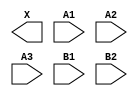
module sky130_fd_sc_hs__o32a (
    X ,
    A1,
    A2,
    A3,
    B1,
    B2
);

    output X ;
    input  A1;
    input  A2;
    input  A3;
    input  B1;
    input  B2;

    // Voltage supply signals
    supply1 VPWR;
    supply0 VGND;

endmodule